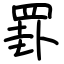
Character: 罫